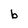
Character: b